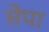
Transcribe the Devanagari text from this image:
सेंपा